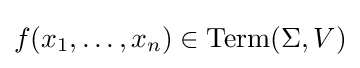
f(x_{1},\ldots ,x_{n})\in \mathrm {Term} (\Sigma ,V)